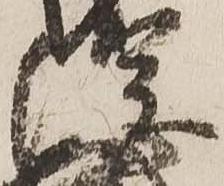
綱